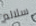
سلالم